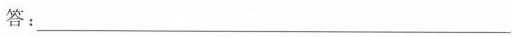
答：___